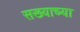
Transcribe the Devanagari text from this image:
सख्याच्या